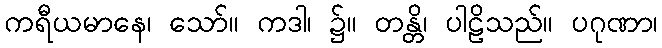
ကရီယမာနေ၊ သော်။ ကဒါ၊ ၌။ တန္တိ၊ ပါဠိသည်။ ပဂုဏာ၊